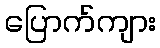
ပြောက်ကျား